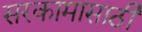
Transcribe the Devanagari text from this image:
सरकामासाठी